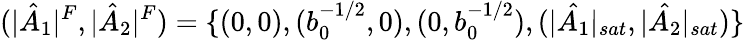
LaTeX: (|\hat{A}_{1}|^{F},|\hat{A}_{2}|^{F})=\{ (0,0),(b_{0}^{-1/2},0),(0,b_{0}^{-1/2}),(|\hat{A_{1}}|_{sat},|\hat{A_{2}}|_{sat})\}